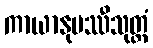
ကာယာနုပဿီသုတ္တံ